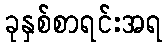
ခုနှစ်စာရင်းအရ